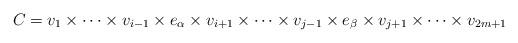
LaTeX: \begin{align*}C=v_1\times \dots\times v_{i-1}\times e_\alpha\times v_{i+1}\times\dots\times v_{j-1}\times e_\beta\times v_{j+1}\times\dots\times v_{2m+1}\end{align*}